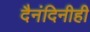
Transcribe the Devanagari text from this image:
दैनंदिनीही